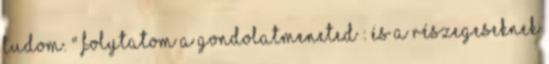
tudom. " Folytatom a gondolatmeneted : és a részegeseknek